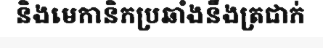
និងមេកានិកប្រឆាំងនឹងត្រជាក់